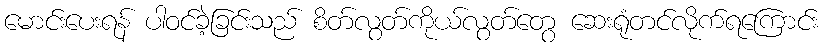
မောင်းပေးရန် ပါဝင်ခဲ့ခြင်းသည် စိတ်လွတ်ကိုယ်လွတ်တွေ ဆေးရုံတင်လိုက်ရကြောင်း